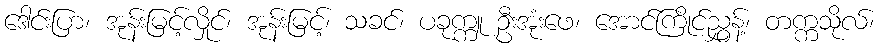
ဒေါင်းပြာ၊ အုန်းမြင့်လှိုင်၊ အုန်းမြင့်၊ သခင်၊ ပခုက္ကူ ဦးအုံးဖေ၊ အောင်ကြိုင်ညွှန့်၊ တက္ကသိုလ်၊